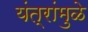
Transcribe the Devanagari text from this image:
यंत्रांमुळे